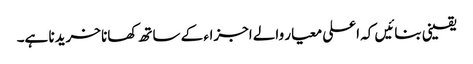
یقینی بنائیں کہ اعلی معیار والے اجزاء کے ساتھ کھانا خریدنا ہے۔